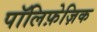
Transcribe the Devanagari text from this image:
पॉलिफ़ेज़िक